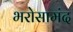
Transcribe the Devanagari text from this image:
भरोसामंद